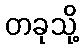
တခုသို့